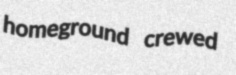
homeground crewed